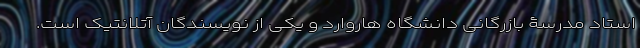
استاد مدرسۀ بازرگانی دانشگاه هاروارد و یکی از نویسندگان آتلانتیک است.